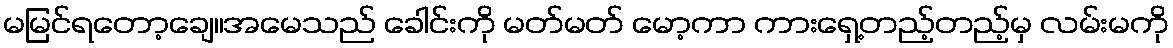
မမြင်ရတော့ချေ။အမေသည် ခေါင်းကို မတ်မတ် မော့ကာ ကားရှေ့တည့်တည့်မှ လမ်းမကို